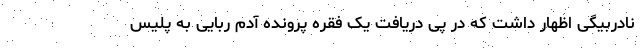
نادربیگی اظهار داشت که در پی دریافت یک فقره پرونده آدم ربایی به پلیس